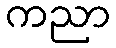
ကညာ